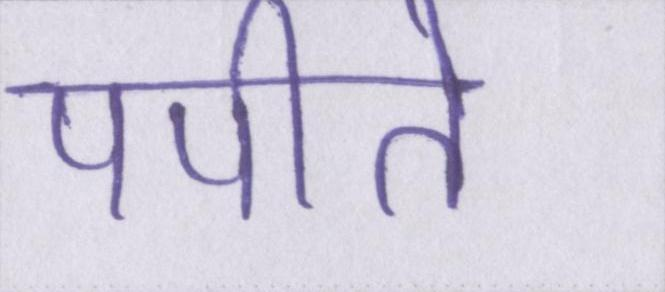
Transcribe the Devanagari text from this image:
पपीते